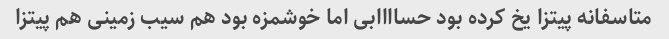
متاسفانه پیتزا یخ کرده بود حساااابی اما خوشمزه بود هم سیب زمینی هم پیتزا